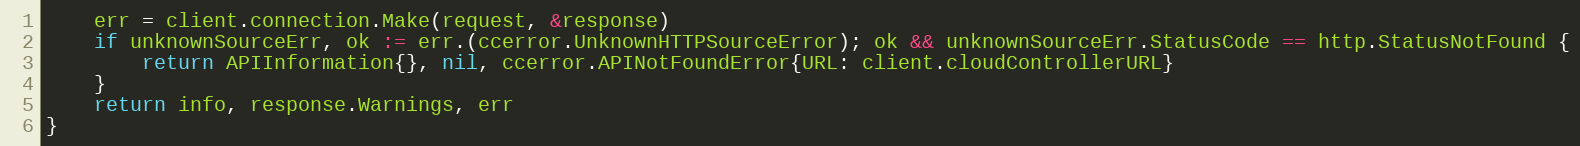
Language: Go
	err = client.connection.Make(request, &response)
	if unknownSourceErr, ok := err.(ccerror.UnknownHTTPSourceError); ok && unknownSourceErr.StatusCode == http.StatusNotFound {
		return APIInformation{}, nil, ccerror.APINotFoundError{URL: client.cloudControllerURL}
	}
	return info, response.Warnings, err
}